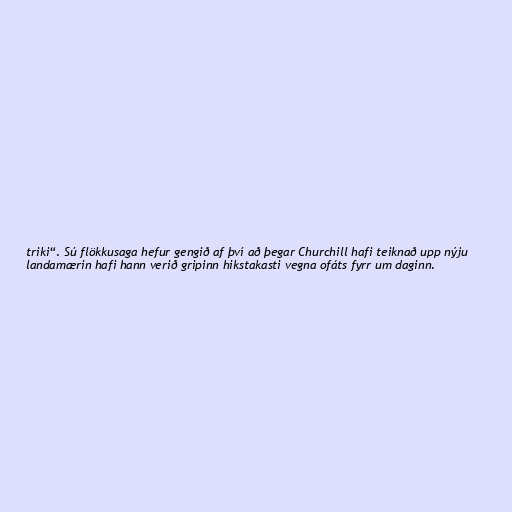
triki“. Sú flökkusaga hefur gengið af því að þegar Churchill hafi teiknað upp nýju
landamærin hafi hann verið gripinn hikstakasti vegna ofáts fyrr um daginn.